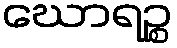
ဃောရဉ္စ